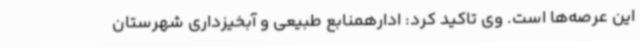
این عرصه‌ها است. وی تاکید کرد: ادارهمنابع طبیعی و آبخیزداری شهرستان